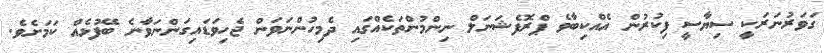
ގަވަރުނަރަކީ ސިޔާސީ ފިކުރުން އެއްކިބާވެ ޕްރޮފެޝަނަލް ނިންމުންތަކެއްގައި ދެމިހުންނަވަން ޖެހިވަޑައިގަންނަވާނެ ބޭފުޅެއް ކަމަށެވެ.